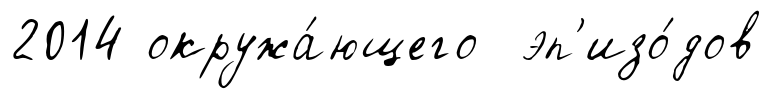
2014 окружа́ющего эп'изо́дов